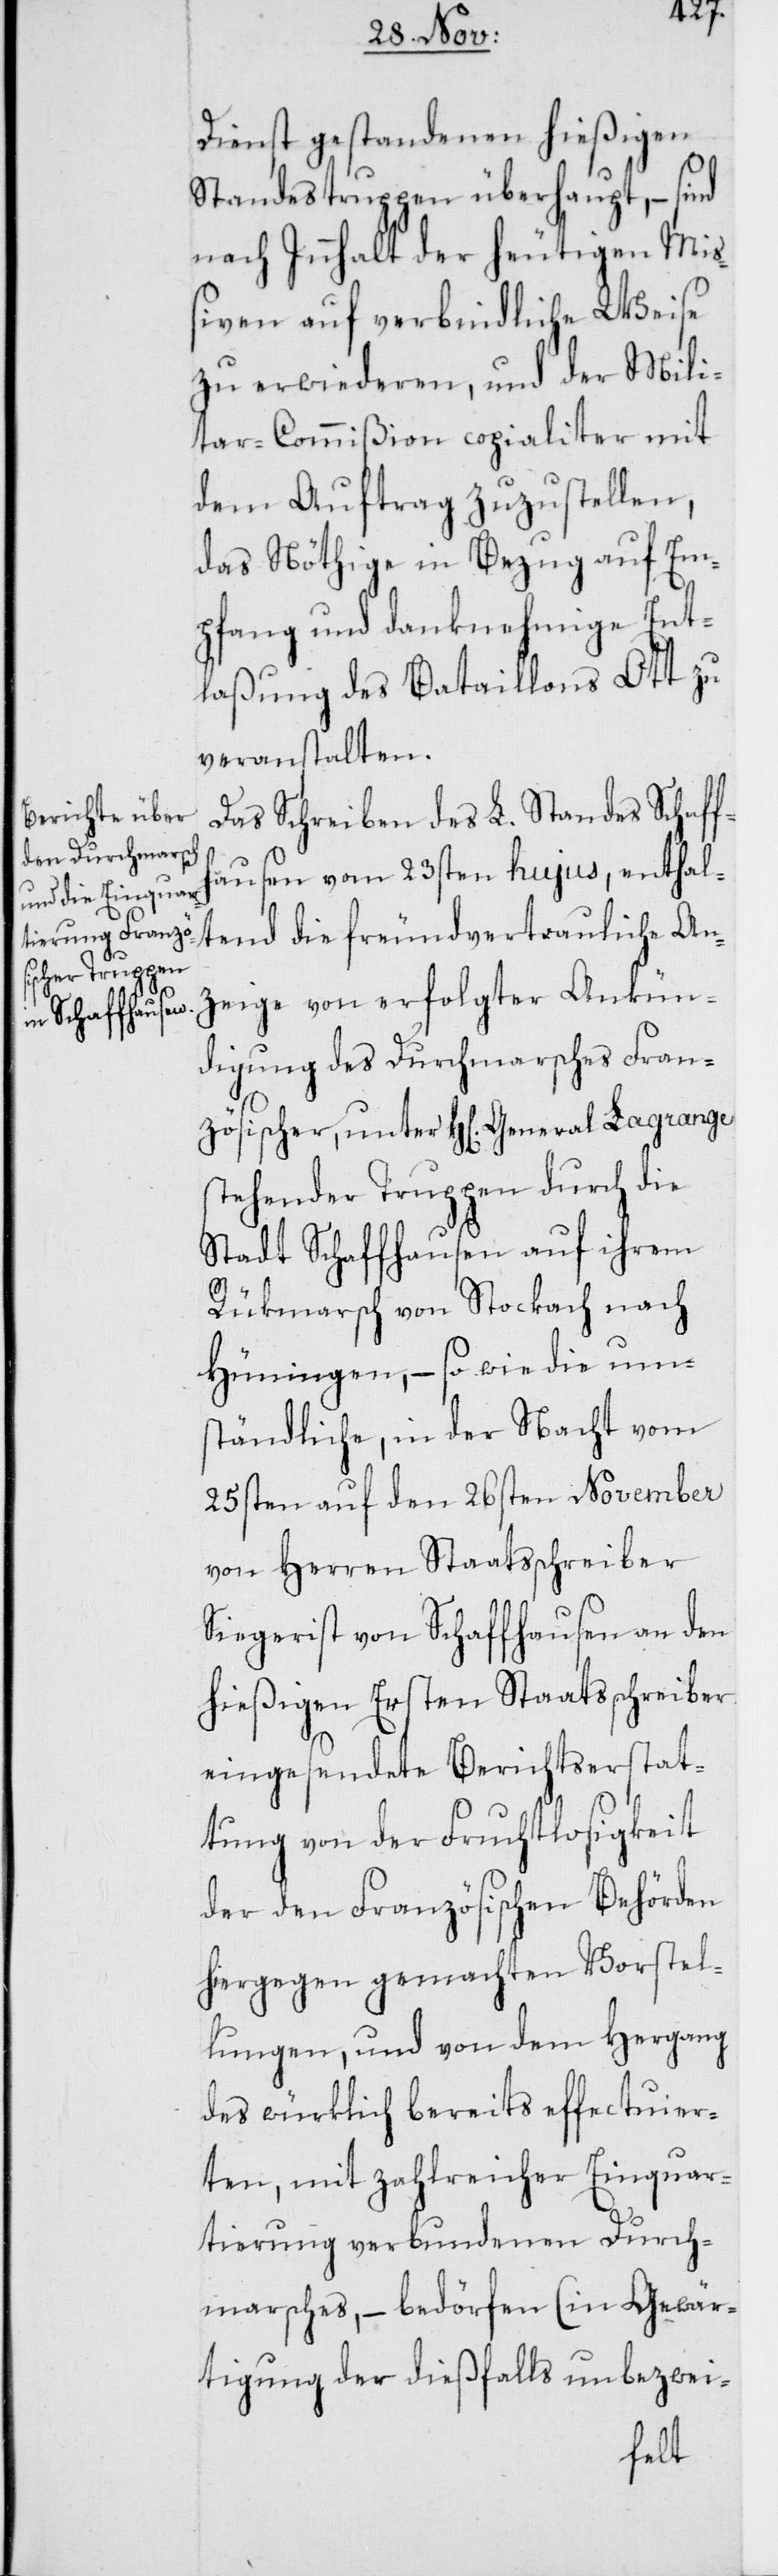
Dienst gestandenen hießigen
Standestruppen überhaupt, – sind
nach Innhalt der heutigen Miß¬
iven auf verbindliche Weise
zu erwiederen, und der Mili¬
tar-Commißion copialiter mit
dem Auftrag zuzustellen,
das Nöthige in Bezug auf Em¬
pfang und danknehmige Ent¬
laßung des Bataillons Ott zu
veranstalten.
Das Schreiben des L. Standes Schaff¬
hausen vom 23sten hujus, enthal¬
tend die freundvertrauliche An¬
zeige von erfolgter Ankün¬
digung des Durchmarsches Fran¬
zösischer, unter H[erren] General
stehender Truppen durch die
Stadt Schaffhausen auf ihrem
Rükmarsch von Stockach nach
Hüningen, – so wie die um¬
ständliche, in der Nacht vom
25sten auf den 26sten November
von Herren Staatsschreiber
Siegerist von Schaffhausen an den
hießigen Ersten Staatsschreiber
eingesendete Berichtserstat¬
tung von der Fruchtlosigkeit
der den Französischen Behörden
hiergegen gemachten Vorstel¬
lungen, und von dem Hergang
des würklich bereits effectuier¬
ten, mit zahlreicher Einquar¬
tierung verbundenen Durch¬
marsches, – bedörfen (in Gewär¬
tigung der dießfalls unbezwei-